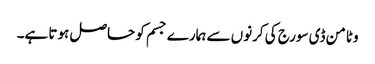
وٹامن ڈی سورج کی کرنوں سے ہمارے جسم کو حاصل ہوتا ہے۔